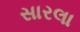
સારલા